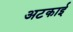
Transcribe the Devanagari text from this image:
अटकाई